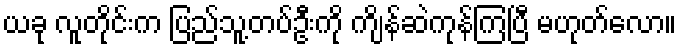
ယခု လူတိုင်းက ပြည်သူ့တပ်ဦးကို ကျိန်ဆဲကုန်ကြပြီ မဟုတ်လော။